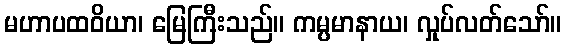
မဟာပထဝိယာ၊ မြေကြီးသည်။ ကမ္ပမာနာယ၊ လှုပ်လတ်သော်။